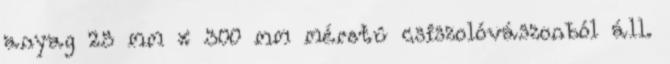
anyag 25 mm x 300 mm méretû csiszolóvászonból áll.